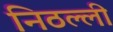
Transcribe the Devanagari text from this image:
निठल्ली